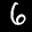
Label: 6